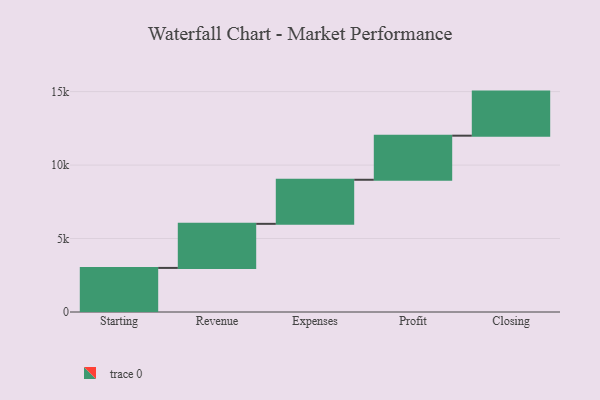
{"axis": {"x": "Step", "y": "Value"}, "legend": [""], "data": [{"x": "Starting", "y": 3000, "type": ""}, {"x": "Revenue", "y": 3000, "type": ""}, {"x": "Expenses", "y": 3000, "type": ""}, {"x": "Profit", "y": 3000, "type": ""}, {"x": "Closing", "y": 3000, "type": ""}]}